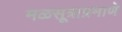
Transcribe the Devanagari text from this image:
मळसूत्राप्रमाणे